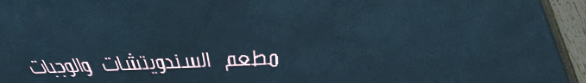
مطعم السندويتشات والوجبات